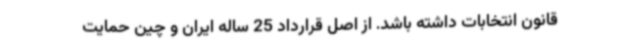
قانون انتخابات داشته باشد. از اصل قرارداد 25 ساله ایران و چین حمایت